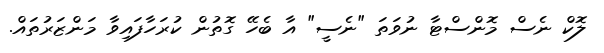
ލޮކް ނެސް މޮންސްޓާ ނުވަތަ "ނެސީ" އާ ބެހޭ ގޮތުން ކުރަހާފައިވާ މަންޒަރުތައް.